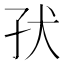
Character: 𰠽